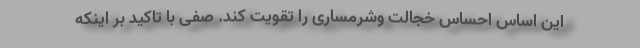
این اساس احساس خجالت وشرمساری را تقویت کند. صفی با تاکید بر اینکه